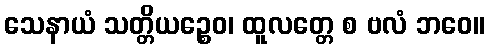
သေနာယံ သတ္တိယဉ္စေဝ၊ ထူလတ္တေ စ ဗလံ ဘဝေ။